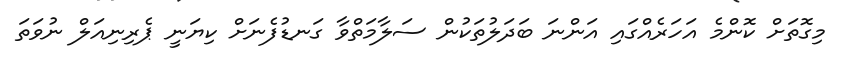
މިގޮތަށް ކޮންމެ އަހަރެއްގައި އަންނަ ބަދަލުތަކުން ސަލާމަތްވާ ގަނޑުފެނަށް ކިޔަނީ ޕެރިނިއަލް ނުވަތަ